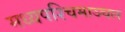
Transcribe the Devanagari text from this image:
मध्यपश्चिमाञ्चल